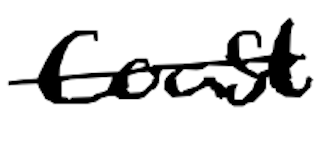
Text: Coast
Cross-out: single-line
Writing tool: digital_black